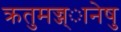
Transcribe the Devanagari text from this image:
क्रतुमज्ज्ानेषु